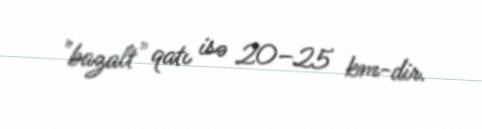
"bazalt" qatı isə 20–25 km-dir.